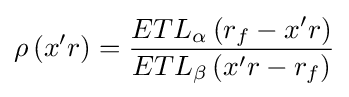
\rho \left({x'r}\right)={\frac {ET{L_{\alpha }}\left({{r_{f}}-x'r}\right)}{ET{L_{\beta }}\left({x'r-{r_{f}}}\right)}}